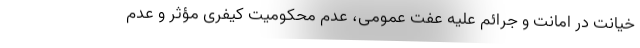
خیانت در امانت و جرائم علیه عفت عمومی، عدم محکومیت کیفری مؤثر و عدم